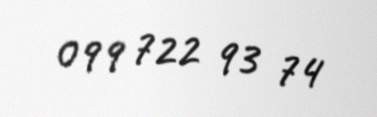
099 722 93 74